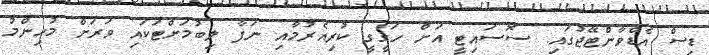
ޑިސް އެޑްވާންޓޭޖުގައި. ސޮސައިޓީ އަށް ހަގީގީ ކުރިއެރުމާއި ނަފާ ލިބުމަށްޓަކައި ވަރަށް މުހިންމު